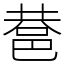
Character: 䢽